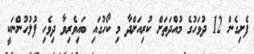
ފެށިގެން 12 ދުވަހުގެ މުއްދަތަށް ކުރިއަށްދާ މި ކޯހުގައި ބައިވެރިވާ ދިވެހި ފުލުހުންނަކީ